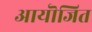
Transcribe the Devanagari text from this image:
आयॊजित